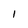
Character: I